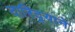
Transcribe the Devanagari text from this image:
दारिद्र्याने